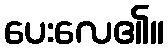
ပေးလေ၏။